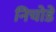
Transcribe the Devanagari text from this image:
निचोडें